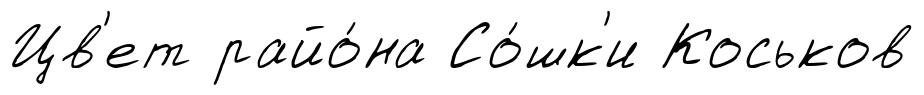
Цв'ет райо́на Со́шк'и Коськов